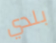
بلدي